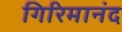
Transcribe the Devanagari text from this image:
गिरिमानंद